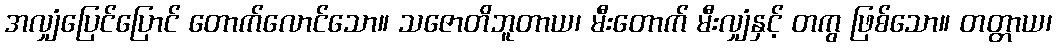
အလျှံပြေင်ပြောင် တောက်လောင်သော။ သဇောတိဘူတာယ၊ မီးတောက် မီးလျှံနှင့် တကွ ဖြစ်သော။ တတ္တာယ၊